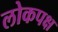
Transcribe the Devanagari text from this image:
लोकपक्ष